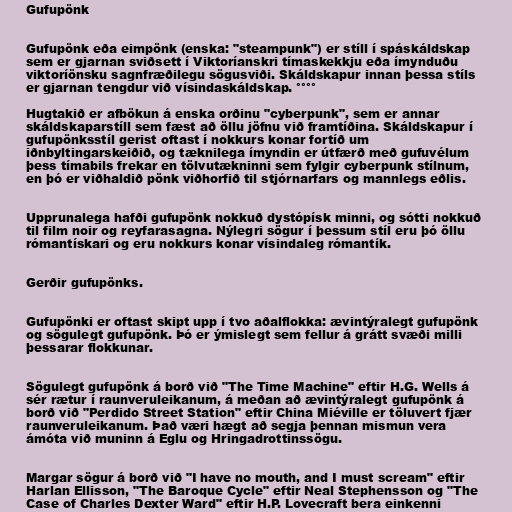
Gufupönk

Gufupönk eða eimpönk (enska: "steampunk") er stíll í spáskáldskap
sem er gjarnan sviðsett í Viktoríanskri tímaskekkju eða ímynduðu
viktoríönsku sagnfræðilegu sögusviði. Skáldskapur innan þessa stíls
er gjarnan tengdur við vísindaskáldskap. °°°°

Hugtakið er afbökun á enska orðinu "cyberpunk", sem er annar
skáldskaparstíll sem fæst að öllu jöfnu við framtíðina. Skáldskapur í
gufupönksstíl gerist oftast í nokkurs konar fortíð um
iðnbyltingarskeiðið, og tæknilega ímyndin er útfærð með gufuvélum
þess tímabils frekar en tölvutækninni sem fylgir cyberpunk stílnum,
en þó er viðhaldið pönk viðhorfið til stjórnarfars og mannlegs eðlis.

Upprunalega hafði gufupönk nokkuð dystópísk minni, og sótti nokkuð
til film noir og reyfarasagna. Nýlegri sögur í þessum stíl eru þó öllu
rómantískari og eru nokkurs konar vísindaleg rómantík.

Gerðir gufupönks.

Gufupönki er oftast skipt upp í tvo aðalflokka: ævintýralegt gufupönk
og sögulegt gufupönk. Þó er ýmislegt sem fellur á grátt svæði milli
þessarar flokkunar.

Sögulegt gufupönk á borð við "The Time Machine" eftir H.G. Wells á
sér rætur í raunveruleikanum, á meðan að ævintýralegt gufupönk á
borð við "Perdido Street Station" eftir China Miéville er töluvert fjær
raunveruleikanum. Það væri hægt að segja þennan mismun vera
ámóta við muninn á Eglu og Hringadrottinssögu.

Margar sögur á borð við "I have no mouth, and I must scream" eftir
Harlan Ellisson, "The Baroque Cycle" eftir Neal Stephensson og "The
Case of Charles Dexter Ward" eftir H.P. Lovecraft bera einkenni